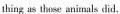
thing as those animals did.